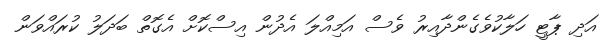
އަދި ޕާޓީ ހަލާކުވެގެންދާއިރު ވެސް އަމިއްލަ އެދުން އިސްކޮށް އެގޮތް ބަދަލު ކުރައްވަން